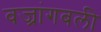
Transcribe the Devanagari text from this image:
वज्रांगबली